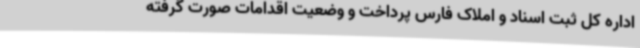
اداره کل ثبت اسناد و املاک فارس پرداخت و وضعیت اقدامات صورت گرفته